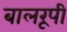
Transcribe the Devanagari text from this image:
बालरूपी